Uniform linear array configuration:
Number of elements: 48
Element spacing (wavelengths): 0.5
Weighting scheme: binomial
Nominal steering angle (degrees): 45
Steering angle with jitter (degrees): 46.2
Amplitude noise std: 0.05
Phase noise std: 0.05

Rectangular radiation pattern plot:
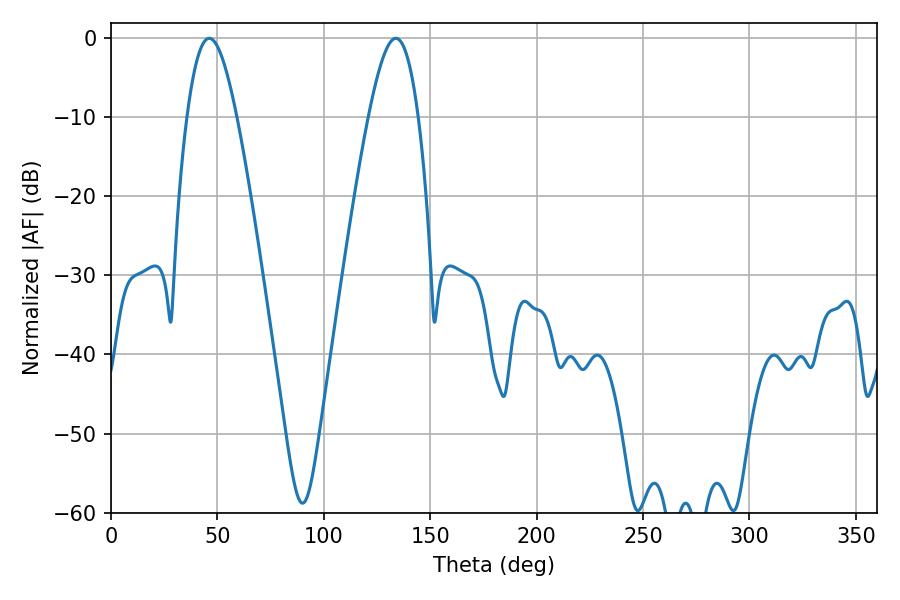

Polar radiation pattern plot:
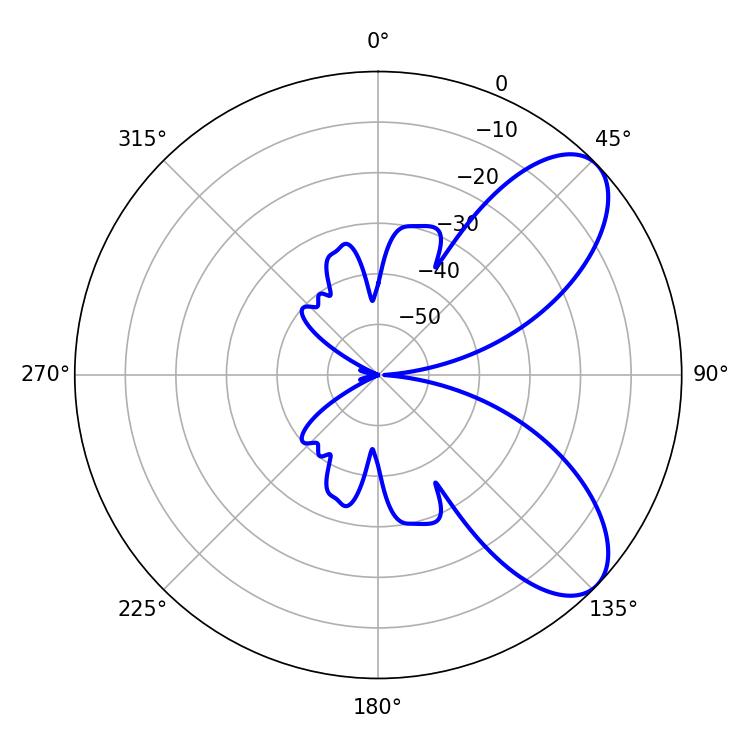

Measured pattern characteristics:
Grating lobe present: FALSE
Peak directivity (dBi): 7.607
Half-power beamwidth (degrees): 12.42
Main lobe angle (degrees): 46.08